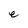
Character: e